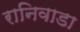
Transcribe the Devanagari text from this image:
रानिवाडा